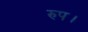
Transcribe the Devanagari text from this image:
रुप।